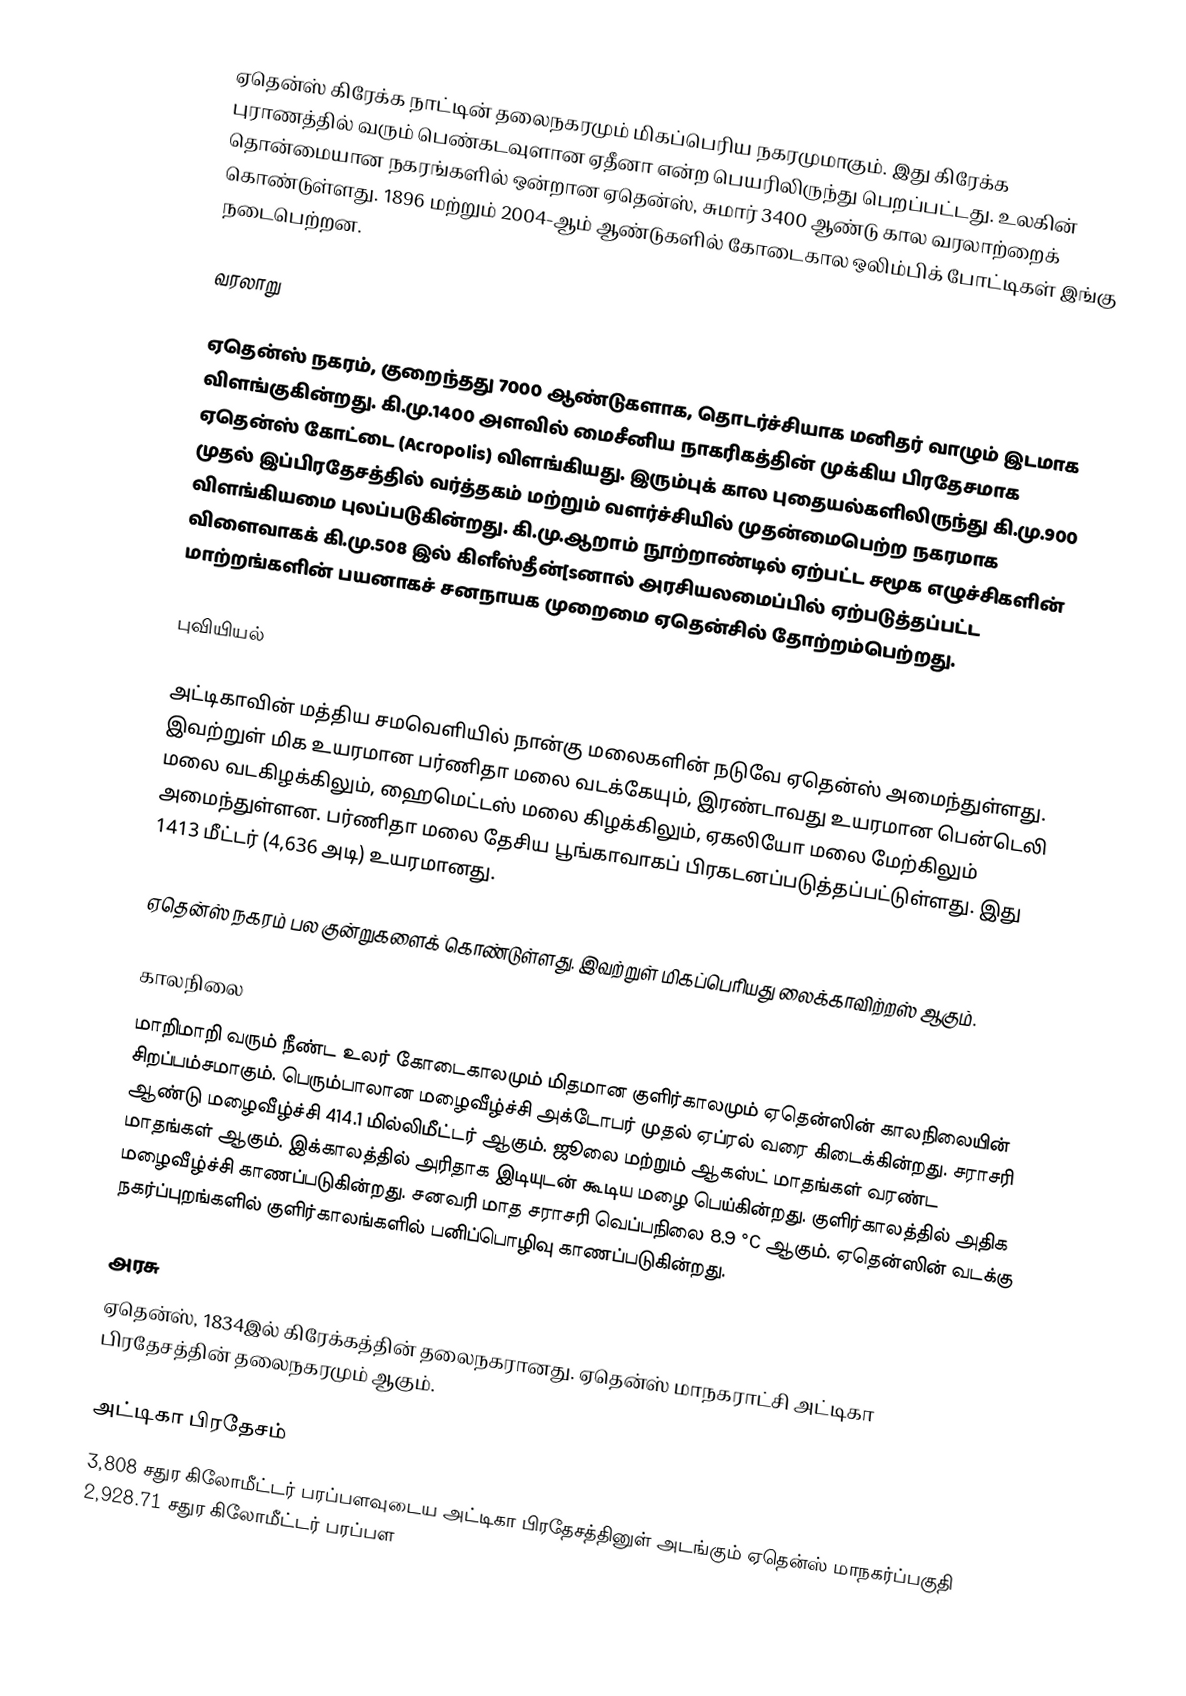
ஏதென்ஸ் கிரேக்க நாட்டின் தலைநகரமும் மிகப்பெரிய நகரமுமாகும். இது கிரேக்க புராணத்தில் வரும் பெண்கடவுளான ஏதீனா என்ற பெயரிலிருந்து பெறப்பட்டது. உலகின் தொன்மையான நகரங்களில் ஒன்றான ஏதென்ஸ், சுமார் 3400 ஆண்டு கால வரலாற்றைக் கொண்டுள்ளது. 1896 மற்றும் 2004-ஆம் ஆண்டுகளில் கோடைகால ஒலிம்பிக் போட்டிகள் இங்கு நடைபெற்றன.

வரலாறு

ஏதென்ஸ் நகரம், குறைந்தது 7000 ஆண்டுகளாக, தொடர்ச்சியாக மனிதர் வாழும் இடமாக விளங்குகின்றது. கி.மு.1400 அளவில் மைசீனிய நாகரிகத்தின் முக்கிய பிரதேசமாக ஏதென்ஸ் கோட்டை (Acropolis) விளங்கியது. இரும்புக் கால புதையல்களிலிருந்து கி.மு.900 முதல் இப்பிரதேசத்தில் வர்த்தகம் மற்றும் வளர்ச்சியில் முதன்மைபெற்ற நகரமாக விளங்கியமை புலப்படுகின்றது. கி.மு.ஆறாம் நூற்றாண்டில் ஏற்பட்ட சமூக எழுச்சிகளின் விளைவாகக் கி.மு.508 இல் கிளீஸ்தீன்[sனால் அரசியலமைப்பில் ஏற்படுத்தப்பட்ட மாற்றங்களின் பயனாகச் சனநாயக முறைமை ஏதென்சில் தோற்றம்பெற்றது.

புவியியல்

அட்டிகாவின் மத்திய சமவெளியில் நான்கு மலைகளின் நடுவே ஏதென்ஸ் அமைந்துள்ளது. இவற்றுள் மிக உயரமான பர்ணிதா மலை வடக்கேயும், இரண்டாவது உயரமான பென்டெலி மலை வடகிழக்கிலும், ஹைமெட்டஸ் மலை கிழக்கிலும், ஏகலியோ மலை மேற்கிலும் அமைந்துள்ளன. பர்ணிதா மலை தேசிய பூங்காவாகப் பிரகடனப்படுத்தப்பட்டுள்ளது. இது 1413 மீட்டர் (4,636 அடி) உயரமானது.

ஏதென்ஸ் நகரம் பல குன்றுகளைக் கொண்டுள்ளது. இவற்றுள் மிகப்பெரியது லைக்காவிற்றஸ் ஆகும்.

காலநிலை
மாறிமாறி வரும் நீண்ட உலர் கோடைகாலமும் மிதமான குளிர்காலமும் ஏதென்ஸின் காலநிலையின் சிறப்பம்சமாகும். பெரும்பாலான மழைவீழ்ச்சி அக்டோபர் முதல் ஏப்ரல் வரை கிடைக்கின்றது. சராசரி ஆண்டு மழைவீழ்ச்சி 414.1 மில்லிமீட்டர் ஆகும். ஜூலை மற்றும் ஆகஸ்ட் மாதங்கள் வரண்ட மாதங்கள் ஆகும். இக்காலத்தில் அரிதாக இடியுடன் கூடிய மழை பெய்கின்றது. குளிர்காலத்தில் அதிக மழைவீழ்ச்சி காணப்படுகின்றது. சனவரி மாத சராசரி வெப்பநிலை 8.9 °C ஆகும். ஏதென்ஸின் வடக்கு நகர்ப்புறங்களில் குளிர்காலங்களில் பனிப்பொழிவு காணப்படுகின்றது.

அரசு
ஏதென்ஸ், 1834இல் கிரேக்கத்தின் தலைநகரானது. ஏதென்ஸ் மாநகராட்சி அட்டிகா பிரதேசத்தின் தலைநகரமும் ஆகும்.

அட்டிகா பிரதேசம்
3,808 சதுர கிலோமீட்டர் பரப்பளவுடைய அட்டிகா பிரதேசத்தினுள் அடங்கும் ஏதென்ஸ் மாநகர்ப்பகுதி 2,928.71 சதுர கிலோமீட்டர் பரப்பள